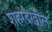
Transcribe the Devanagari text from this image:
शहरदेखील